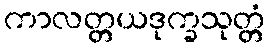
ကာလတ္တယဒုက္ခသုတ္တံ